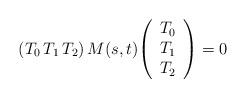
LaTeX: \begin{align*}(T_0\, T_1\, T_2)\, M(s,t)\!\left(\begin{array}{c}T_0 \\ T_1 \\ T_2\end{array}\right)= 0\end{align*}